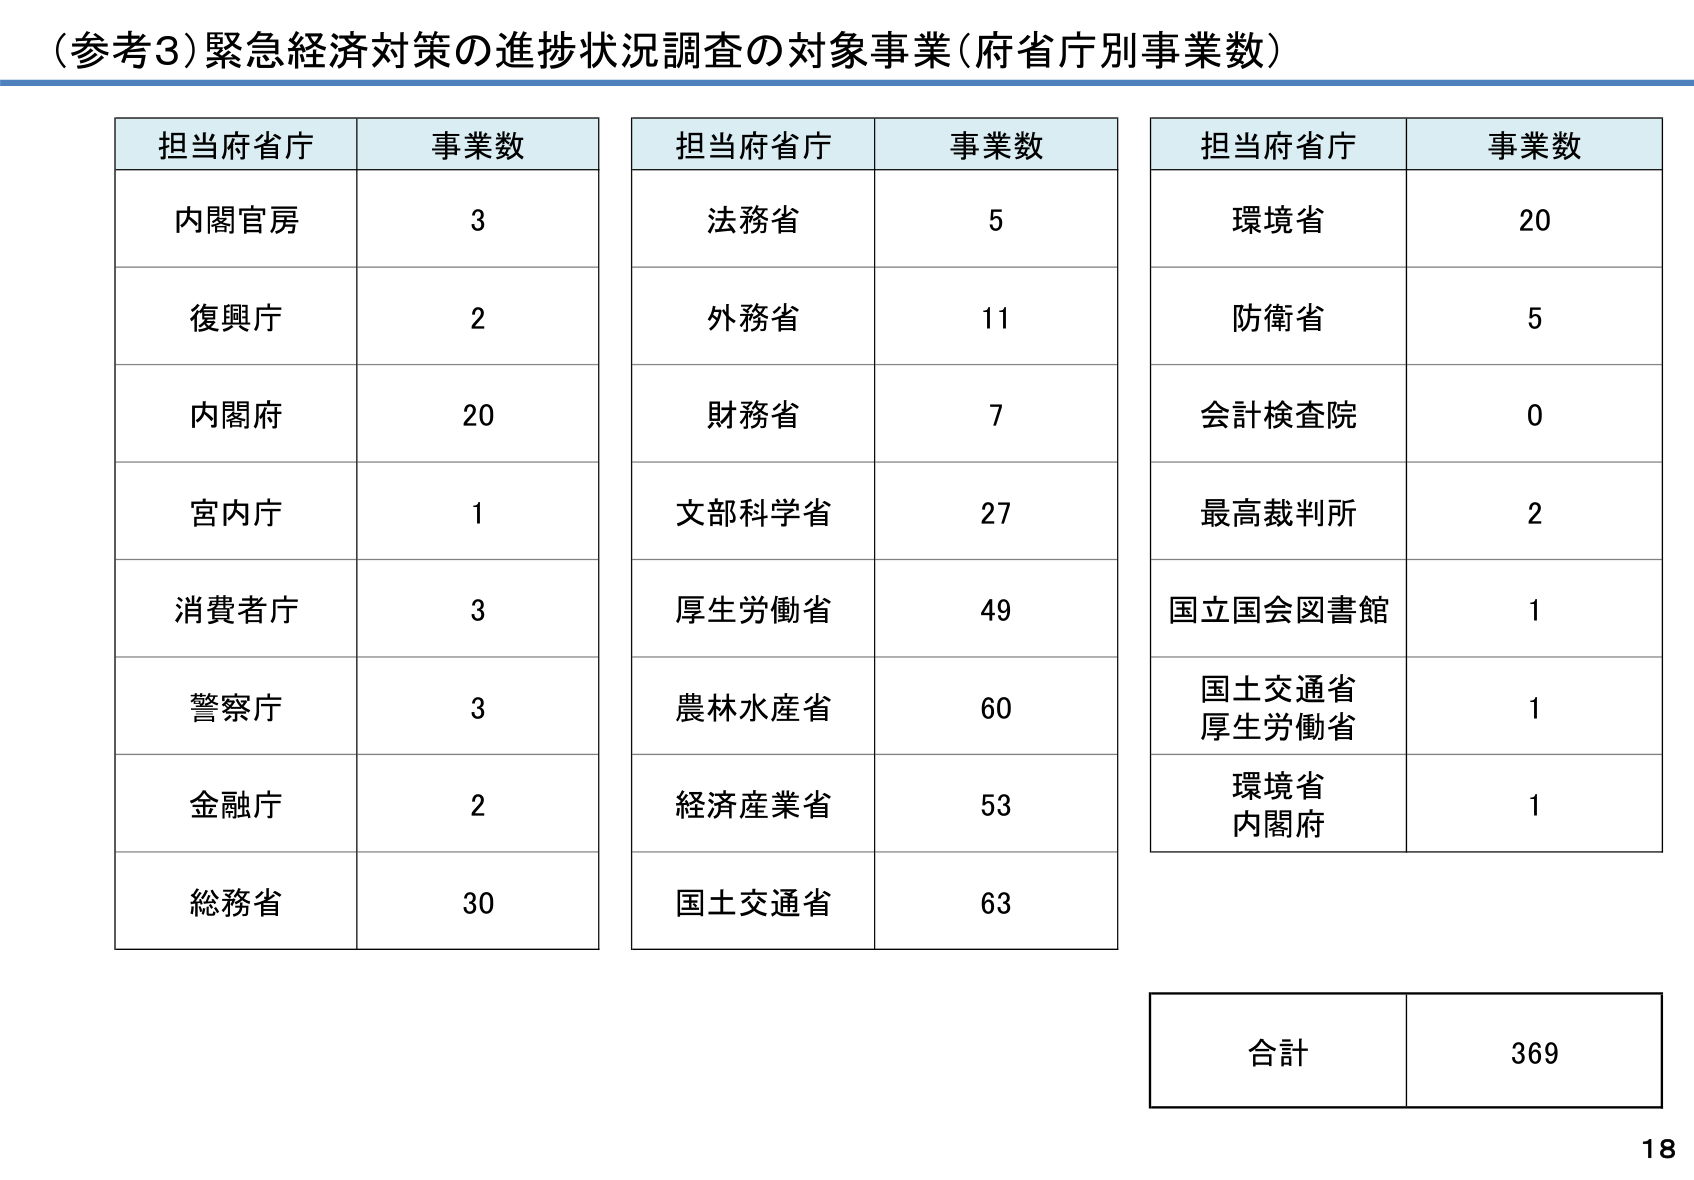
（参考3）緊急経済対策の進捗状況調査の対象事業（府省庁別事業数）

担当府省庁　事業数
内閣官房　　3
復興庁　　2
内閣府　　20
宮内庁　　1
消費者庁　　3
警察庁　　3
金融庁　　2
総務省　　30

担当府省庁　事業数
法務省　　5
外務省　　11
財務省　　7
文部科学省　　27
厚生労働省　　49
農林水産省　　60
経済産業省　　53
国土交通省　　63

担当府省庁　事業数
環境省　　20
防衛省　　5
会計検査院　　0
最高裁判所　　2
国立国会図書館　　1
国土交通省
厚生労働省　　1
環境省
内閣府　　1

合計　　369

18